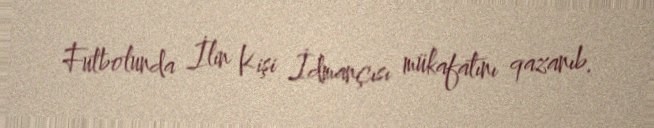
Futbolunda İlin Kişi İdmançısı mükafatını qazanıb.